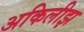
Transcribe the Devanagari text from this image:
अकिलीझ